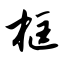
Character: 框